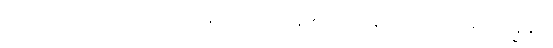
ဦးခေါင်းကိုသော်လည်း။ ဆိန္ဒန္တိ၊ ဖြတ်ကုန်၏။ ဟနန္တိပိ၊ ရိုက်ကုန်၏။ ဗန္ဓန္တိပိ၊